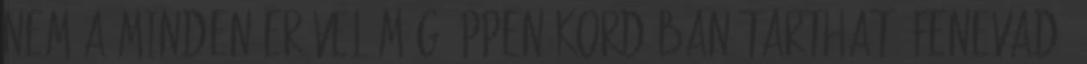
nem a minden erővel még éppen kordában tartható fenevad,